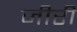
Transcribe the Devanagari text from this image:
जीरी